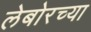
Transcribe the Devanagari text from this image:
लेबोरच्या